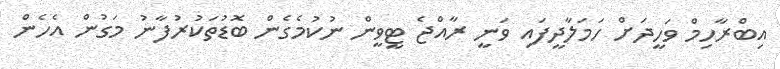
އިބްރާހިމް ވަހީދަށް ހަމަލާދީފައި ވަނީ ރާއްޖެ ޓީވީން ނުކުމެގެން ބޮޑުތަކުރުފާނު މަގުން އެހެން